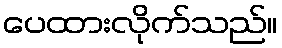
ပေထားလိုက်သည်။